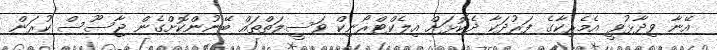
އޭނާ ވިދާޅުވީ އެމެރިކާގެ ފަރުދަކާ ދެކޮޅަށް އިލެކްޓްރޯނިކް ވަސީލަތްތައް ބޭނުންކޮށްގެން ޖާސޫސް ކުރަން